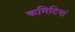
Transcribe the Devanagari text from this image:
कमिटियां